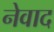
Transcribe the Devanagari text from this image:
नेवाद